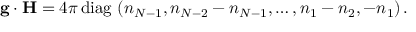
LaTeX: { \bf g } \cdot { \bf H } = { 4 \pi } \, \mathrm { d i a g } \, \, ( n _ { N - 1 } , n _ { N - 2 } - n _ { N - 1 } , \dots , n _ { 1 } - n _ { 2 } , - n _ { 1 } ) \, .